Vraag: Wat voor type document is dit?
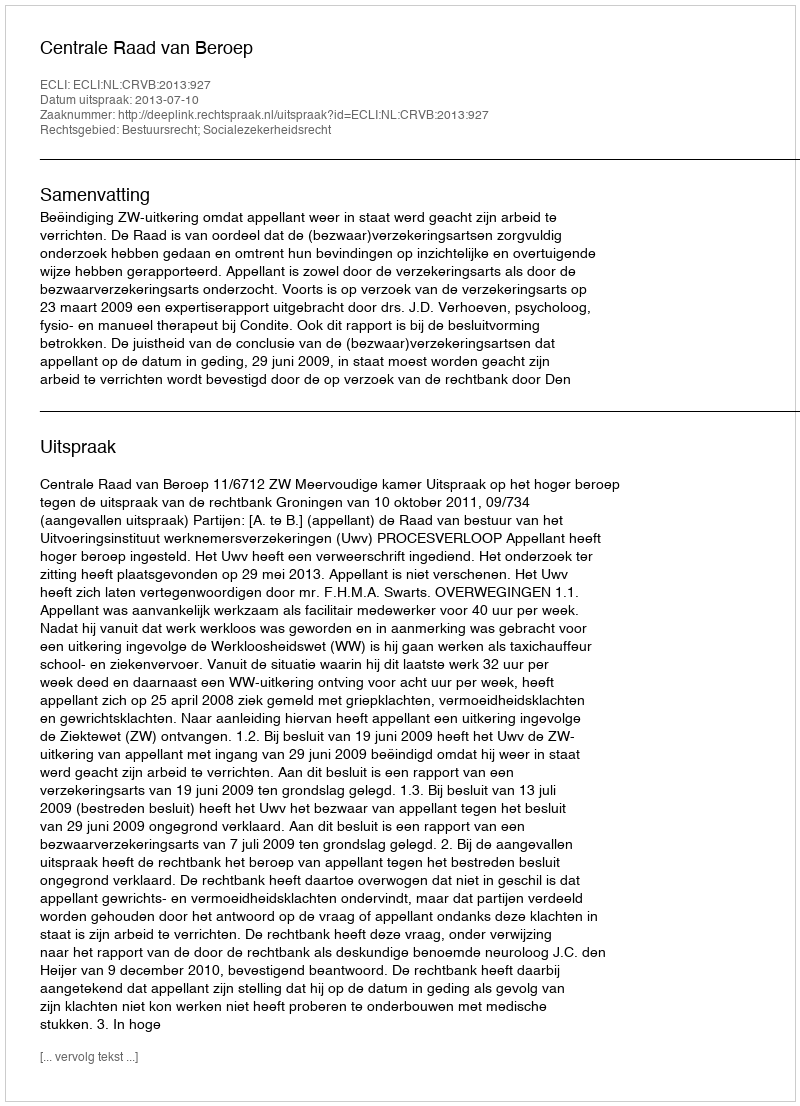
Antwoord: Uitspraak